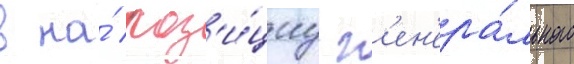
в на́ поз'и́циу г'ен'ера́льного